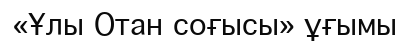
«Ұлы Отан соғысы» ұғымы